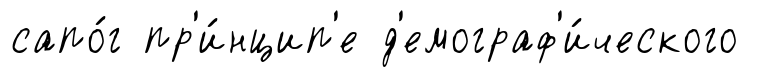
сапо́г пр'и́нцип'е д'емограф'и́ческого